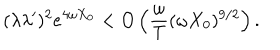
( \lambda \lambda ^ { \prime } ) ^ { 2 } e ^ { 4 \omega X _ { 0 } } < O \left( \frac { \omega } { T } ( \omega X _ { 0 } ) ^ { 9 / 2 } \right) .